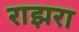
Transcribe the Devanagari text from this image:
राझरा